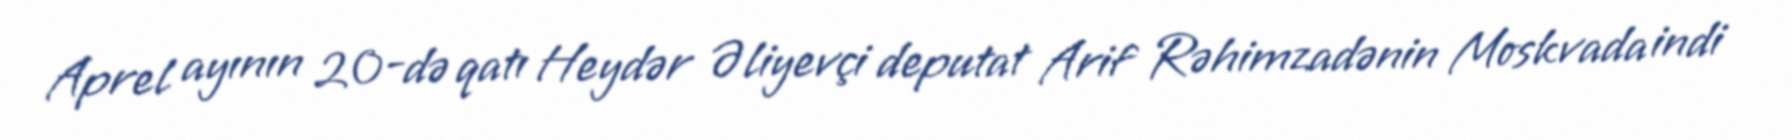
Aprel ayının 20-də qatı Heydər Əliyevçi deputat Arif Rəhimzadənin Moskvada indi